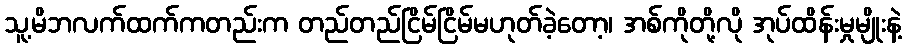
သူ့မိဘလက်ထက်ကတည်းက တည်တည်ငြိမ်ငြိမ်မဟုတ်ခဲ့တော့၊ အစ်ကိုတို့လို အုပ်ထိန်းမှုမျိုးနဲ့